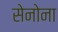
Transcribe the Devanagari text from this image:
सेनोना